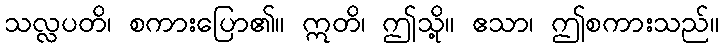
သလ္လပတိ၊ စကားပြော၏။ ဣတိ၊ ဤသို့။ ဧသာ၊ ဤစကားသည်။